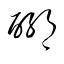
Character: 聊